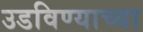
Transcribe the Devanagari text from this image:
उडविण्याच्या